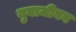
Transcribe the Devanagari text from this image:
युवाजीवन